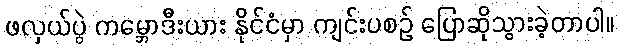
ဖလှယ်ပွဲ ကမ္ဘောဒီးယား နိုင်ငံမှာ ကျင်းပစဉ် ပြောဆိုသွားခဲ့တာပါ။